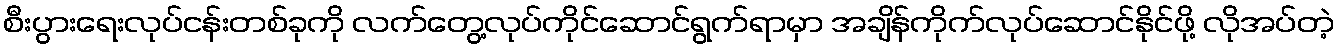
စီးပွားရေးလုပ်ငန်းတစ်ခုကို လက်တွေ့လုပ်ကိုင်ဆောင်ရွက်ရာမှာ အချိန်ကိုက်လုပ်ဆောင်နိုင်ဖို့ လိုအပ်တဲ့